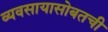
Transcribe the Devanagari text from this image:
व्यवसायासोबतची